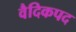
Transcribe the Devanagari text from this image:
वैदिकपद